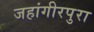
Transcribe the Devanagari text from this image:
जहांगीरपुरा